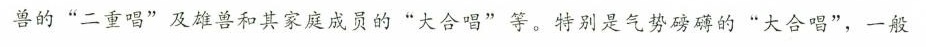
兽的”二重唱”及雄兽和其家庭成员的”大合唱”等。特别是气势磅礴的”大合唱”，一般